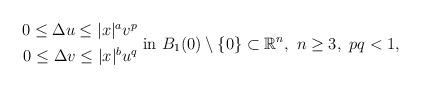
LaTeX: \begin{align*}\begin{aligned} 0\leq \Delta u\leq |x|^a v^p \\ 0\leq \Delta v\leq |x|^b u^q \end{aligned} \mbox{ in }B_1(0)\setminus\{0\}\subset\mathbb{R}^n, \ n\geq 3,\ pq<1, \end{align*}